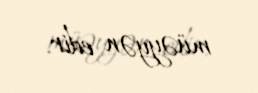
müəyyən edir.